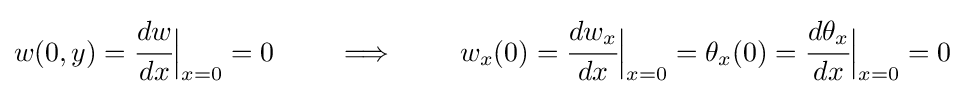
w(0,y)={\cfrac {dw}{dx}}{\Bigr |}_{x=0}=0\qquad \implies \qquad w_{x}(0)={\cfrac {dw_{x}}{dx}}{\Bigr |}_{x=0}=\theta _{x}(0)={\cfrac {d\theta _{x}}{dx}}{\Bigr |}_{x=0}=0